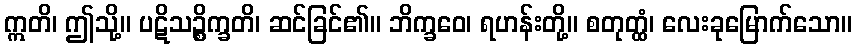
ဣတိ၊ ဤသို့။ ပဋိသဉ္စိက္ခတိ၊ ဆင်ခြင်၏။ ဘိက္ခဝေ၊ ရဟန်းတို့။ စတုတ္ထံ၊ လေးခုမြောက်သော။